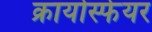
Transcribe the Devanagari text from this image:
क्रायोस्फेयर